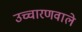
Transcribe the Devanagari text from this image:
उच्चारणवाले